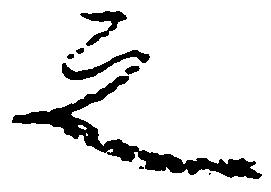
之